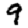
Digit: 9